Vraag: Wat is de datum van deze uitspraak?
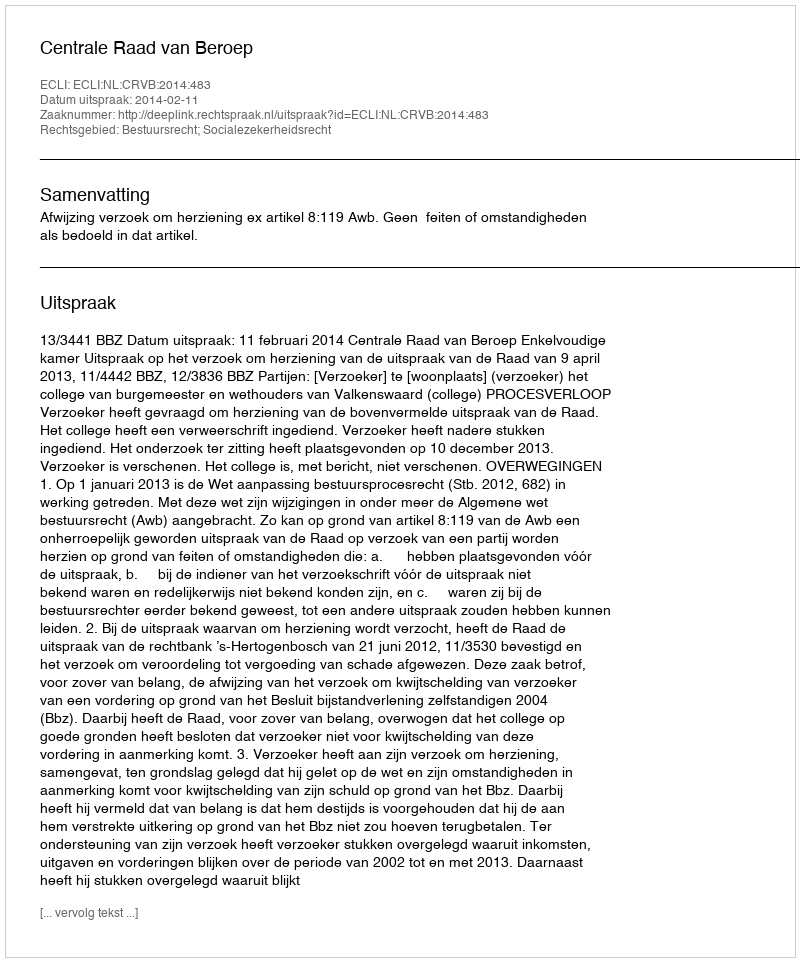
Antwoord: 2014-02-11